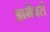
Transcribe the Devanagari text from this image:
आर्मेचरों